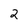
Character: 2